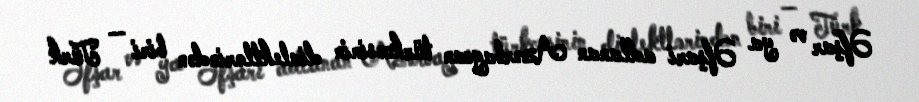
Əfşar və ya Əfşari adlanan Azərbaycan türkcəsinin dialektlərindən biri — Türk